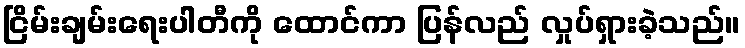
ငြိမ်းချမ်းရေးပါတီကို ထောင်ကာ ပြန်လည် လှုပ်ရှားခဲ့သည်။